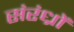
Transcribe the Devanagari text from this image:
संरंध्रों